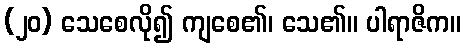
(၂၀) သေစေလို၍ ကျစေ၏၊ သေ၏။ ပါရာဇိက။